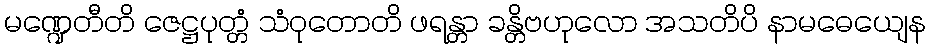
မဏ္ဍေတီတိ ဇေဋ္ဌပုတ္တံ သံဝုတောတိ ဖရန္တာ ခန္တိဗဟုလော အသတိပိ နာမဓေယျေန